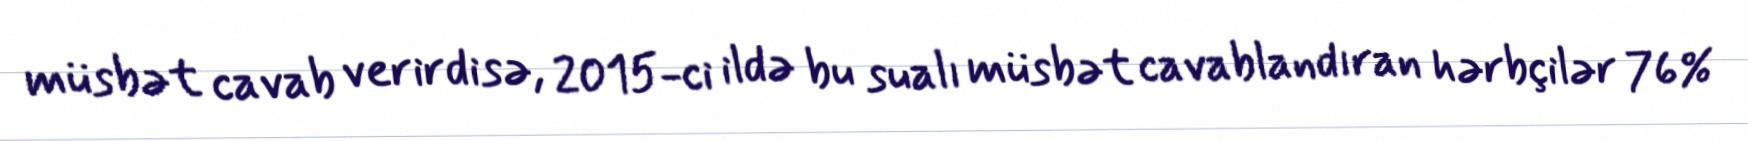
müsbət cavab verirdisə, 2015-ci ildə bu sualı müsbət cavablandıran hərbçilər 76%